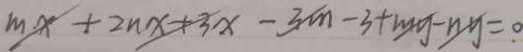
m x + 2 n x + 3 x - 3 m - 3 + m y - n y = . 0